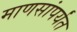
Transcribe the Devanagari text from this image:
माणसांपर्यंत